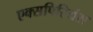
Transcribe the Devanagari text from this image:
एक्सपिरियंस